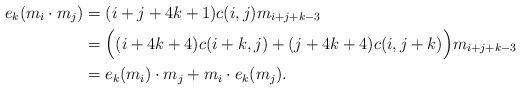
\begin{align*}e_k (m_i \cdot m_j) &= (i+j + 4k + 1) c(i,j) m_{i+j+k-3} \\ &= \Bigl((i+4k+4)c(i+k,j) + (j+4k+4)c(i,j+k)\Bigr) m_{i+j+k-3} \\ &= e_k(m_i) \cdot m_j + m_i \cdot e_k(m_j).\end{align*}